Punjab Mental Hospital Lahore 1932-46 - 1932-1946
Year: 1932
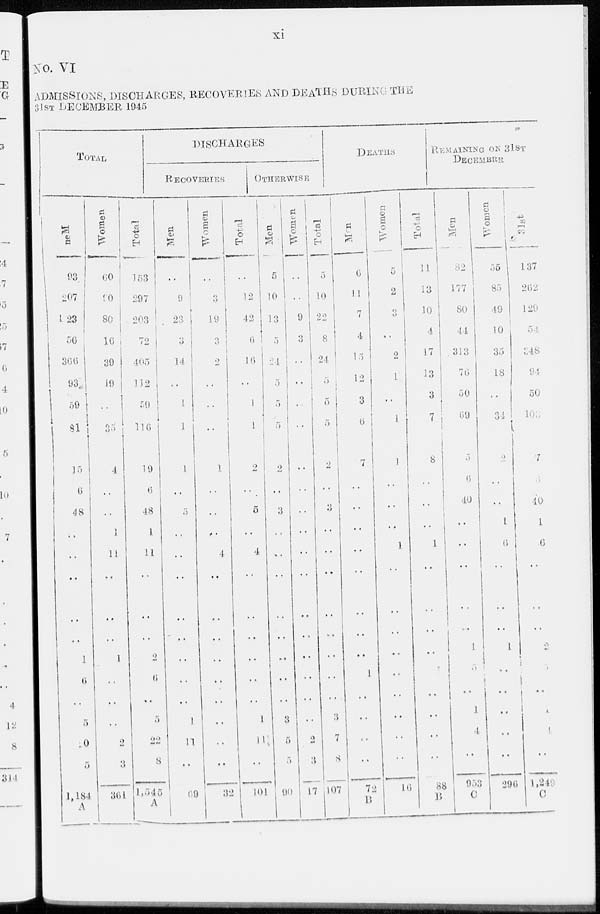
xi
No. VI
ADMISSIONS, DISCHARGES, RECOVERIES AND DEATHS DURING THE
31ST DECEMBER 1945
TOTAL
Men
93
207
123
56
366
93
59
81
15
6
48
..
..
..
..
..
1
6
..
5
10
5
1,184
A
Women
60
90
80
16
39
19
..
35
4
..
..
1
11
..
..
..
1
..
..
..
2
3
361
Total
153
297
203
72
405
112
59
116
19
6
48
1
11
..
..
..
2
6
..
5
22
8
1,545
A
DISCHARGES
RECOVERIES
Men
..
9
23
3
14
..
1
1
1
..
5
..
..
..
..
..
..
..
..
1
11
..
69
Women
..
3
19
3
2
..
..
..
1
..
..
..
4
..
..
..
..
..
..
..
..
..
32
Total
..
12
42
6
16
..
1
1
2
..
5
..
4
..
..
..
..
..
..
1
11
..
101
OTHERWISE
Men
5
10
33
5
24
5
5
5
2
..
3
..
..
..
..
..
..
..
..
3
5
5
90
Women
..
..
9
3
..
..
..
..
..
..
..
..
..
..
..
..
..
..
..
..
2
3
17
Total
5
10
22
8
24
5
5
5
2
..
3
..
..
..
..
..
..
..
..
3
7
8
107
DEATHS
Men
6
11
7
4
15
12
3
6
7
..
..
..
..
..
..
..
..
1
..
..
..
..
72
B
Women
5
2
3
..
2
1
..
1
1
..
..
..
1
..
..
..
..
..
..
..
..
..
16
Total
11
13
10
4
17
13
3
7
8
..
..
..
1
..
..
..
..
..
..
..
..
..
88
B
REMAINING ON 31ST
DECEMBER
Men
82
177
80
44
313
76
50
69
5
6
40
..
..
..
..
..
1
..
..
..
4
..
953
C
Women
55
85
49
10
35
18
..
34
2
..
..
1
6
..
..
..
1
..
..
..
..
..
296
31st
137
262
129
54
348
94
50
103
7
6
40
1
6
..
..
..
2
5
..
..
4
..
1,249
C